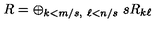
R = \oplus _ { k < m / s , \ \ell < n / s } \ s R _ { k \ell }